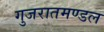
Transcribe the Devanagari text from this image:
गुजरातमण्डल